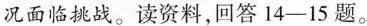
况面临挑战。读资料，回答14-15题。